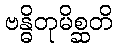
ဗန္ဓိတုမိစ္ဆတိ